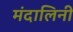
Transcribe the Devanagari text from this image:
मंदालिनी